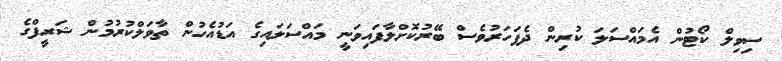
ސިވިލް ކޯޓުން އެމައްސަލަ ކުރިން ދެފަހަރުވެސް ބޭރުކޮށްލާފައިވަނީ މައްސަލައިގެ އަޑުއެހުން ތާވަލްކުރުމުން ޝަރީފްގެ